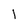
Character: I